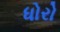
ધોરો